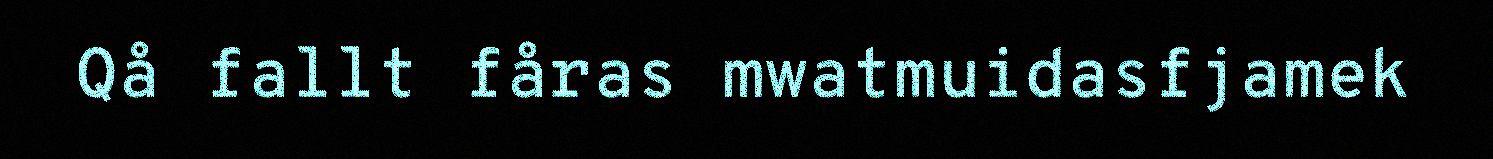
Qå fallt fåras mwatmuidasfjamek